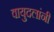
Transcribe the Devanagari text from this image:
वायुदलांनी